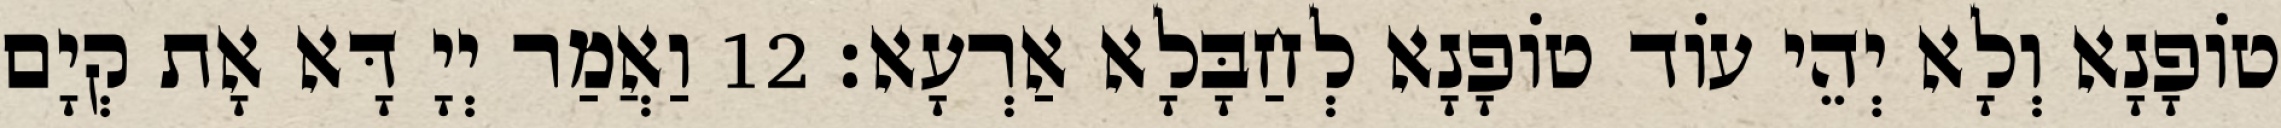
טוֹפָנָא וְלָא יְהֵי עוֹד טוֹפָנָא לְחַבָּלָא אַרְעָא׃ 12 וַאֲמַר יְיָ דָּא אָת קְיָם